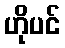
ဟိုပင်